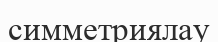
симметриялау